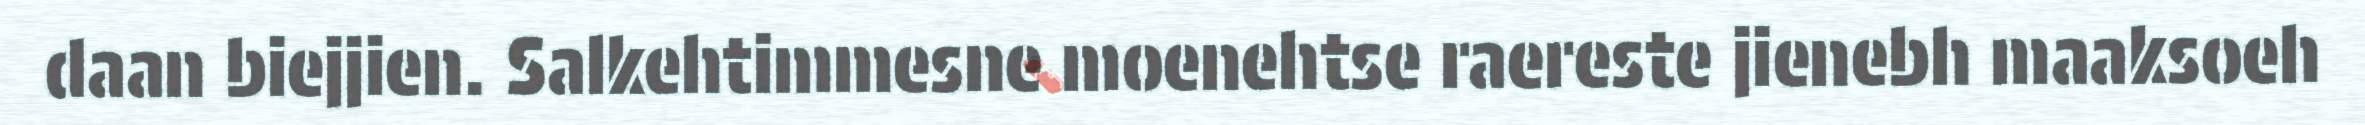
daan biejjien. Salkehtimmesne moenehtse raereste jienebh maaksoeh